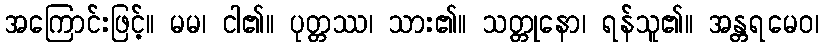
အကြောင်းဖြင့်။ မမ၊ ငါ၏။ ပုတ္တဿ၊ သား၏။ သတ္တုနော၊ ရန်သူ၏။ အန္တရမေဝ၊